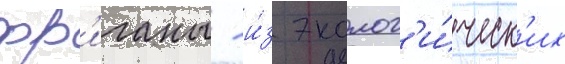
фр'иганы - и́з эколог'и́ческ'их